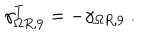
\gamma _ { \Omega R , 9 } ^ { T } = - \gamma _ { \Omega R , 9 } ~ .